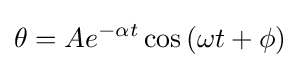
\theta =Ae^{-\alpha t}\cos {(\omega t+\phi )}